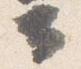
云